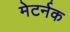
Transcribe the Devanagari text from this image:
मेटर्नक